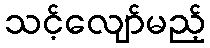
သင့်လျော်မည့်